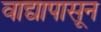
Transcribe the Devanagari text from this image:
वाद्यापासून